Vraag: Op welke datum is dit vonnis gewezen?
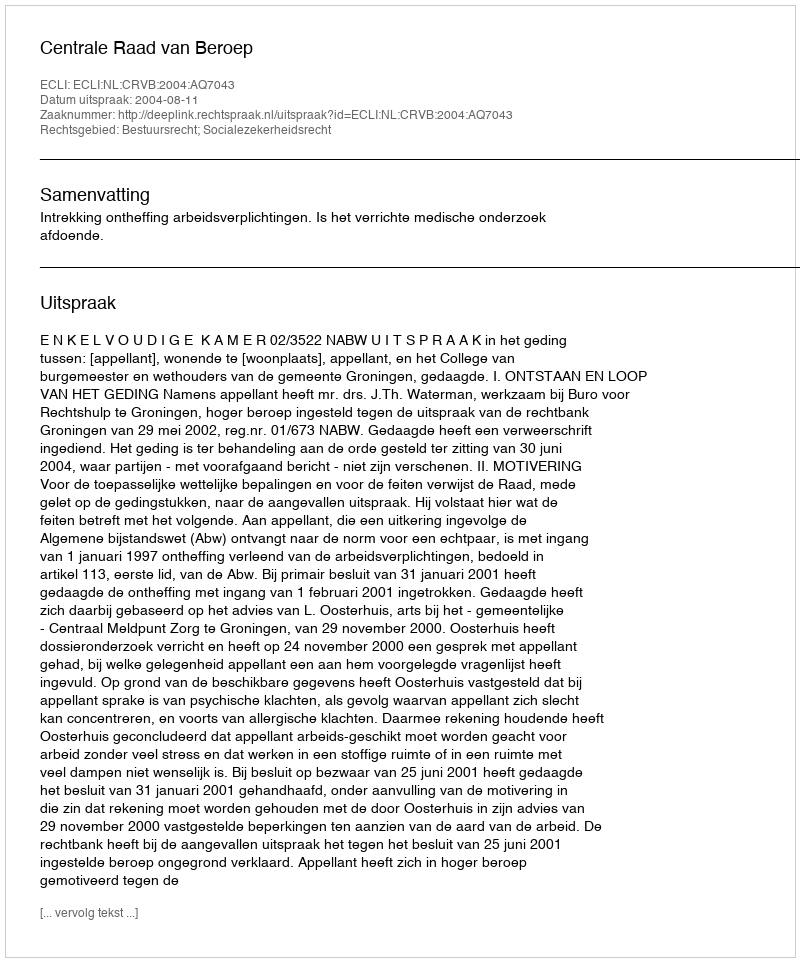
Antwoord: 2004-08-11